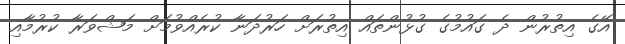
އޭގެ އިތުރުން ދެ ގައުމުގެ ގުޅުންތައް އިތުރަށް ހަރުދަނާ ކުރެއްވުމަށް މަޝްވަރާ ކުރުމާއި